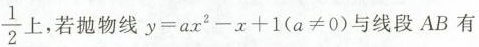
\frac{1}{2} 上，若抛物线$$y = a x -x + 1(a ≠ 0)$$与线段AB有